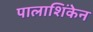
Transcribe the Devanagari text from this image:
पालाशिंकेन